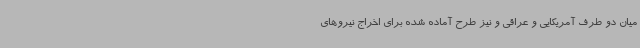
میان دو طرف آمریکایی و عراقی و نیز طرح آماده شده برای اخراج نیروهای